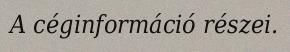
A céginformáció részei.